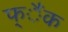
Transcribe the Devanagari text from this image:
फ्ैंक